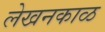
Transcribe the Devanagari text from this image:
लेखनकाळ